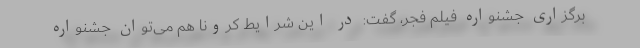
برگزاری جشنواره فیلم فجر، گفت: در این شرایط کرونا هم می‌توان جشنواره